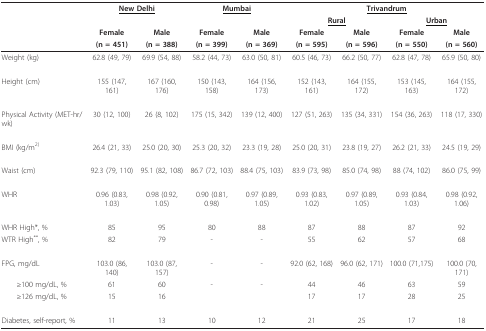
<table><thead><tr><td></td><td colspan="2"><b><underline>New Delhi</underline></b></td><td colspan="2"><b><underline>Mumbai</underline></b></td><td colspan="4"><b><underline>Trivandrum</underline></b></td></tr><tr><td></td><td></td><td></td><td></td><td></td><td colspan="2"><b><underline>Rural</underline></b></td><td colspan="2"><b><underline>Urban</underline></b></td></tr><tr><td></td><td><b>Female</b></td><td><b>Male</b></td><td><b>Female</b></td><td><b>Male</b></td><td><b>Female</b></td><td><b>Male</b></td><td><b>Female</b></td><td><b>Male</b></td></tr><tr><td></td><td><b>(n = 451)</b></td><td><b>(n = 388)</b></td><td><b>(n = 399)</b></td><td><b>(n = 369)</b></td><td><b>(n = 595)</b></td><td><b>(n = 596)</b></td><td><b>(n = 550)</b></td><td><b>(n = 560)</b></td></tr></thead><tbody><tr><td>Weight (kg)</td><td>62.8 (49, 79)</td><td>69.9 (54, 88)</td><td>58.2 (44, 73)</td><td>63.0 (50, 81)</td><td>60.5 (46, 73)</td><td>66.2 (50, 77)</td><td>62.8 (47, 78)</td><td>65.9 (50, 80)</td></tr><tr><td>Height (cm)</td><td>155 (147, 161)</td><td>167 (160, 176)</td><td>150 (143, 158)</td><td>164 (156, 173)</td><td>152 (143, 161)</td><td>164 (155, 172)</td><td>153 (145, 163)</td><td>164 (155, 172)</td></tr><tr><td>Physical Activity (MET-hr/wk)</td><td>30 (12, 100)</td><td>26 (8, 102)</td><td>175 (15, 342)</td><td>139 (12, 400)</td><td>127 (51, 263)</td><td>135 (34, 331)</td><td>154 (36, 263)</td><td>118 (17, 330)</td></tr><tr><td>BMI (kg/m<sup>2)</sup></td><td>26.4 (21, 33)</td><td>25.0 (20, 30)</td><td>25.3 (20, 32)</td><td>23.3 (19, 28)</td><td>25.0 (20, 31)</td><td>23.8 (19, 27)</td><td>26.2 (21, 33)</td><td>24.5 (19, 29)</td></tr><tr><td>Waist (cm)</td><td>92.3 (79, 110)</td><td>95.1 (82, 108)</td><td>86.7 (72, 103)</td><td>88.4 (75, 103)</td><td>83.9 (73, 98)</td><td>85.0 (74, 98)</td><td>88 (74, 102)</td><td>86.0 (75, 99)</td></tr><tr><td>WHR</td><td>0.96 (0.83, 1.03)</td><td>0.98 (0.92, 1.05)</td><td>0.90 (0.81, 0.98)</td><td>0.97 (0.89, 1.05)</td><td>0.93 (0.83, 1.02)</td><td>0.97 (0.89, 1.05)</td><td>0.93 (0.84, 1.03)</td><td>0.98 (0.92, 1.06)</td></tr><tr><td>WHR High*, %</td><td>85</td><td>95</td><td>80</td><td>88</td><td>87</td><td>88</td><td>87</td><td>92</td></tr><tr><td>WTR High<sup>**</sup>, %</td><td>82</td><td>79</td><td>-</td><td>-</td><td>55</td><td>62</td><td>57</td><td>68</td></tr><tr><td>FPG, mg/dL</td><td>103.0 (86, 140)</td><td>103.0 (87, 157)</td><td>-</td><td>-</td><td>92.0 (62, 168)</td><td>96.0 (62, 171)</td><td>100.0 (71,175)</td><td>100.0 (70, 171)</td></tr><tr><td> ≥100 mg/dL, %</td><td>61</td><td>60</td><td>-</td><td>-</td><td>44</td><td>46</td><td>63</td><td>59</td></tr><tr><td> ≥126 mg/dL, %</td><td>15</td><td>16</td><td></td><td></td><td>17</td><td>17</td><td>28</td><td>25</td></tr><tr><td>Diabetes, self-report, %</td><td>11</td><td>13</td><td>10</td><td>12</td><td>21</td><td>25</td><td>17</td><td>18</td></tr></tbody></table>